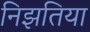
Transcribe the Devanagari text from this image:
निझतिया